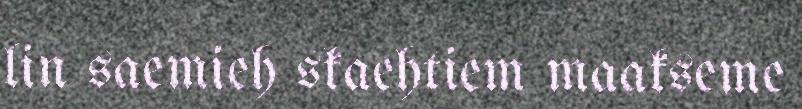
lin saemieh skaehtiem maakseme